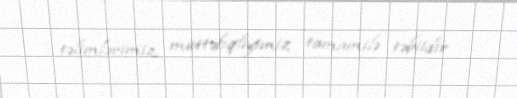
təlimlərimiz, müttəfiqliyimiz tamamilə təbiidir.